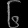
Digit: ၆